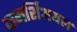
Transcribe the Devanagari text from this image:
कमर्शिअयल